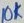
Text: 10K